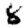
Digit: 8